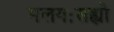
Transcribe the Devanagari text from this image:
मलयःसह्यो